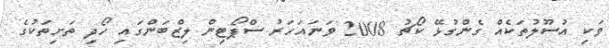
ވަކި އުސޫލުތަކެއް ގެންގުޅޭ ކޯޗު 2008 ވަނައަހަރު ސްޕޯޓިން ލިޒްބަންގައި ހޯދި ތަށިތަކުގެ